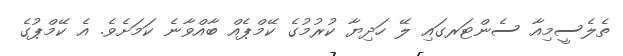
ތެލެސީމިއާ ސެންޓަރގައި ލޭ ހަދިޔާ ކުރުމުގެ ކޭމްޕެއް ބާއްވާނެ ކަަމަށެވެ. އެ ކޭމްޕުގެ